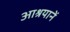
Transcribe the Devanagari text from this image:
आश्रयानें